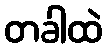
တခါထဲ